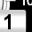
Digit: 1